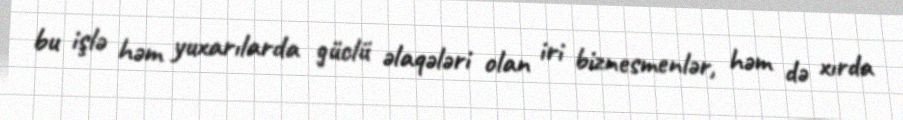
bu işlə həm yuxarılarda güclü əlaqələri olan iri biznesmenlər, həm də xırda